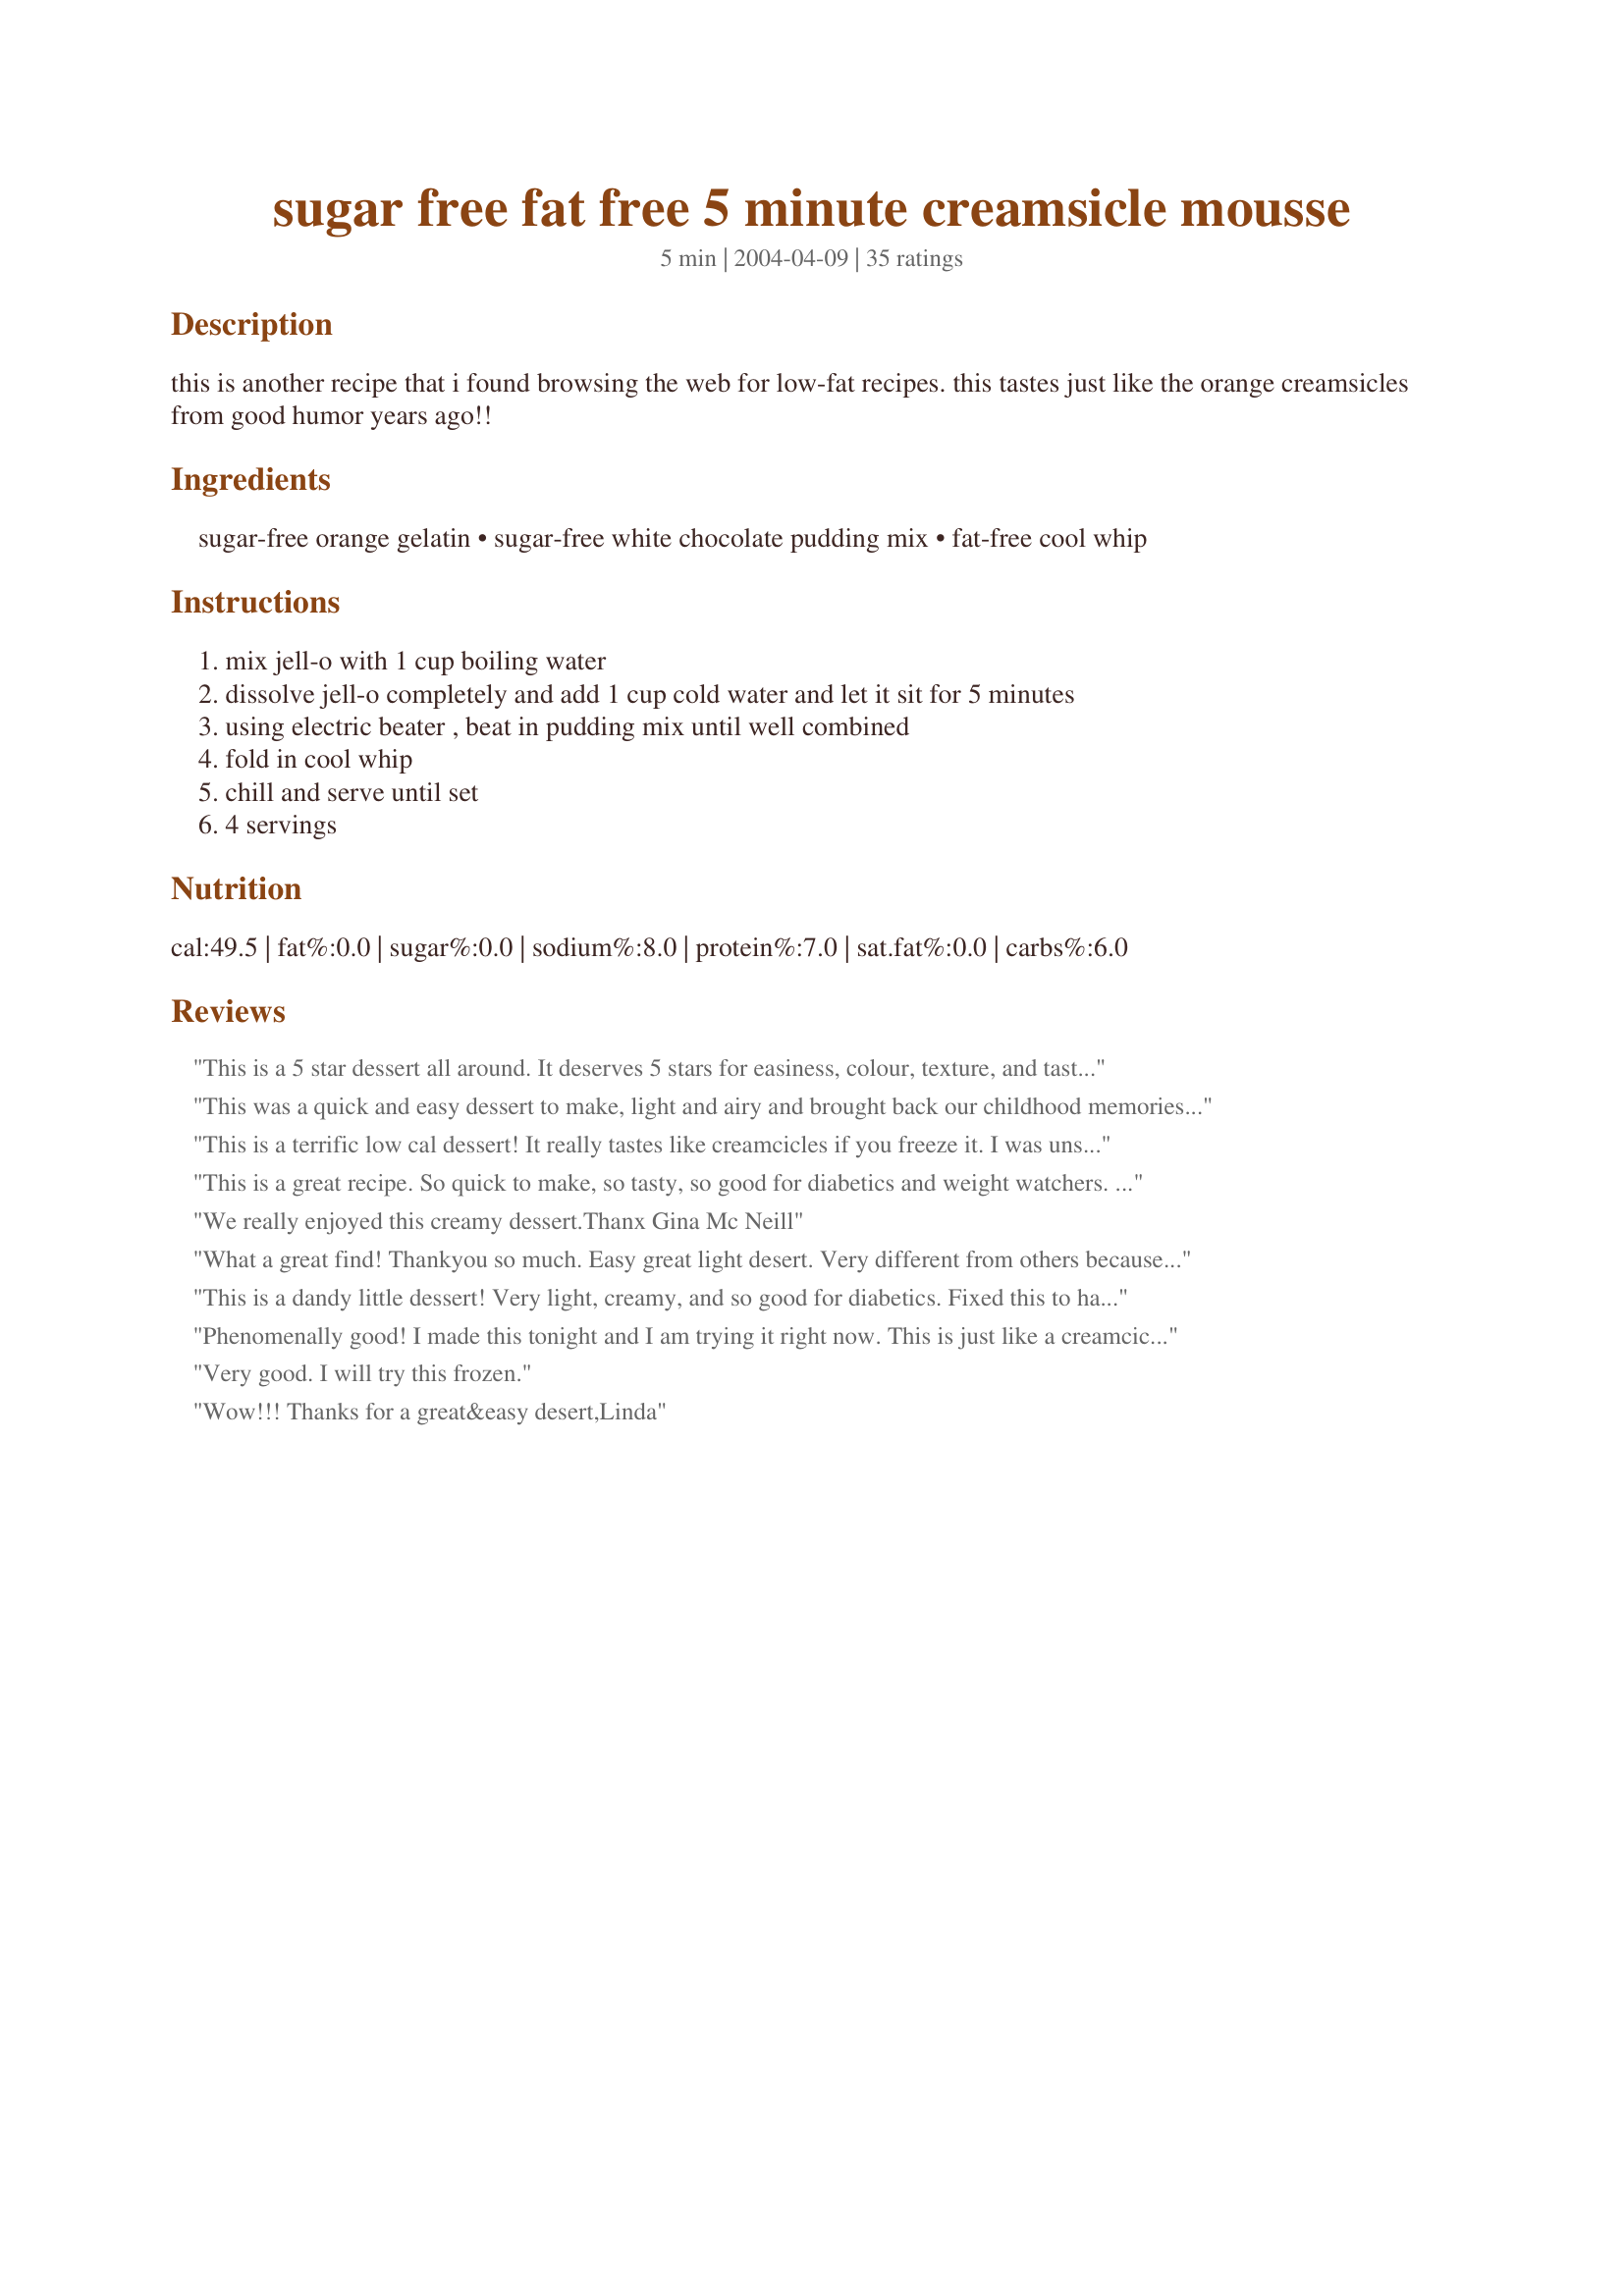
sugar free fat free 5 minute creamsicle mousse
Preparation time: 5 minutes

this is another recipe that i found browsing the web for low-fat recipes. this tastes just like the orange creamsicles from good humor years ago!!

Ingredients:
sugar-free orange gelatin, sugar-free white chocolate pudding mix, fat-free cool whip

Steps:
mix jell-o with 1 cup boiling water, dissolve jell-o completely and add 1 cup cold water and let it sit for 5 minutes, using electric beater , beat in pudding mix until well combined, fold in cool whip, chill and serve until set, 4 servings

Reviews:
This is a 5 star dessert all around. It deserves 5 stars for easiness, colour, texture, and taste! My whole family really enjoyed this creamy dessert. It really does taste similar to a creamsicle. Thanks for a wonderful, light and refreshing dessert!!
This was a quick and easy dessert to make, light and airy and brought back our childhood memories of the creamsicle ice cream we were so fond of as kids!
This is a terrific low cal dessert! It really tastes like creamcicles if you freeze it. I was unsure on what size boxes to buy so I bought the big box of geletin, and the small box of pudding mix.. I used vanilla instead of white chocolate. I prepared the geletin according to package directions.. 2 cups boiling and 2 cups cold.. and I beat in the coolwhip instead of folding it in.. The dessert seperated into two dinstinct layers, top was a fluffy light orange color, bottom was deep orange. YUM!! Very good, thanks for the recipe!!
This is a great recipe. So quick to make, so tasty, so good for diabetics and weight watchers. Tastes just like creamsicles. Love, love, love it!!!
We really enjoyed this creamy dessert.Thanx Gina Mc Neill
What a great find! Thankyou so much. Easy great light desert. Very different from others because u don't have to use any milk. I hate to use my points on things that I don't need to make the recipe taste great! I can use the milk for other things. Thanx for posting!
This is a dandy little dessert! Very light, creamy, and so good for diabetics. Fixed this to have with Easter dinner, and everyone really enjoyed.
You're so right ... It does taste a lot like creamsicles!
Thanks for sharing ... I'll be doing this one again ...
Laudee
Phenomenally good! I made this tonight and I am trying it right now. This is just like a creamcicle. I am freezing it to make a creamcicle ice cream but couldn't wait. I had to try it a little early. It is partially frozen and just fabulous. I am going to have some later when it is completely frozen, in an ice cream cone. I too left clumps of cool whip. Great idea!
Very good. I will try this frozen.
Wow!!! Thanks for a great&easy desert,Linda
I have been making this for at least a year and should have reviewed this all before now..sorry! Absolutely great! I can eat this and know it isn't going to my hips!!! I have used many flavors and they are all excellent. This sure makes a diet easier!
I was like a kid in a candy store last night! I could have eaten the whole thing!! This recipe was quick and easy. I made this while my dinner was cookin and sampled it about 2 hours later. Smooth and creamy, very tasty. Then just before I went to bed I tried another bite. This was more like ice cream because it had frozen harder. You could certainly serve this either way. Chilled and creamy or more frozen like ice cream. Thanks dgpat for a wonderful recipe. BTW, enjoy this even if you aren't on a diet!
Really good and so easy. I used the orange flavored jello, but I think I'm going to experiment with a different kind next time. I thought the orange flavor tasted just like the orange push-up pops I loved as a kid. Thanks!
Mmmmmmm, mmmmmmmmm, GOOD! BF is always asking for dessert after dinner, and he's gained some weight from it. So I've been looking for some lower calorie options for him. I tried this yesterday, followed the ingredients and directions to the letter; and it turned out great! He LOVED it! Thank you for sharing your recipe. We'll definitely be making this one again!
This was VERY YUMMY! My whole family loved it! Thanks for the recipe!
This recipe intrigued me, and since white chocolate instant pudding mix is now sold here in Canada, I thought I'd give it a try. It didn't disappoint at all; very light, creamy and fluffy. And it really couldn't be easier to make, either -- so simple! My family liked the taste, and it was suggested that this be served with some tinned mandarin oranges on the side -- an idea I think was terrific. I think this recipe would also be good made with vanilla pudding. For those Canadians who want to try it, use about three-quarters of a one litre tub of Cool Whip. I believe this would be great to take to a potluck, too -- I'm sure those watching their weight would appreciate it. The only thing I would question is the "4 servings" -- maybe I'm stingy, but I got 6 servings out of this recipe!
This was a nice, light dessert and so easy to make. I loved the orange flavor and will make this again. Thanks for posting dgpat. Made for When It's Hot Tag Game.
Holy Cow!! I'm hooked, we didn't even let it set and it was gone... awesome flavor, so easy to make and sweet but not too sweet... Thanks, this is one for my regular desserts.
Pretty tasty low cal dessert. I think I am going to try these with strawberry jello next.
This recipe was amazing! I managed to find sugarfree coolwhip, too, to make it truly sugarfree. Everyone loved it!
This is Fantastic. I am diabetic and this is the the perfect desert. Just use suger free cool whip. Very yummy.
What a simple, fast, easy and do ahead dessert!!! Made in a flash (I used my mixer to "stir" in the cool whip) and looked good served in a wine glass topped with extra cool whip. Enjoyed by all. Thanks dgpat.
We all enjoyed it. it taste like the real thing. I even left little lumps os cool whip to make it taste creamy.
Yummy! I picked up vanilla pudding instead of white chocolate, but it came out delicious anyway. A great, low calorie treat.
Does taste a lot like a creamsicle. I used sugar-free, fat-free Cool Whip and it turned out great. The whole family fought over who got to lick the bowl. :)
Excellent treat!! I used lemon jello instead and added fresh grated lemon peel for additional flavor and homemade taste. Also, I used regular cool whip, not fat free, as I had cut down on the calories with sugar-free gelatin and pudding. I'll make it again for sure.
Wow! This really does taste like a creamsicle. This recipe is an absolute must have. Will be making this lots as we both Loved it. Made using vanilla pudding as the store was out of the white chocolate, sounds like will have to make again next week so can try with the white chocolate heehee. Thanks so much for the outstanding post.
I really loved this dessert...so light and creamy! I used a SF vanilla pudding and jello...my kids could have just eaten the whole bowl. I can't wait to try it in every flavor...Finally, a dessert for Diabetics that satisfies the sweet tooth. Thanks so much for posting!
Well, add me to the list of fans! I made this as directed and took this to a party. I received quite a few requests for the recipe. This is really a quick and easy desert. Thank you for posting this gem!
I made it with raspberry jello and vanilla pudding. I liked it much better the next day. Also, it is NOT sugar free. Fat free Cool Whip has
HIGH FRUCTOSE CORN SYRUP in it.
This was great! I overmixed the whipped topping into the mixture, which resulted in a weird texture. Next time I will be more careful. Amazing flavor, it was like eating a Push Up. Thanks for sharing, and we will do this one again.
We liked this a lot, made as directed except I couldn't find sugar free white choc pudding. Next time I will use sugar free vanilla instead. Thanks!
delicious, satisfying....made it totally according to recipe....a tasty dessert for dieters and diabetics..
I used an 8 serving size of regular orange jello and a 4 serving size of regular instant vanilla pudding. Didn't have any sugar free in the house. It does taste just like an orange cremesickle and I loved it. Thanks for a tasty recipe.
How did I live without this recipe?! It was SO easy. I was shocked (even after reading other reviews lol) at the texture of this amazing dessert. I can't wait to share it with my family! :D It has all the nostalgia of those popcicles I ate as a kid with none of the guilt! Thank you!
